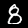
Digit: 8